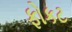
ફોકટ